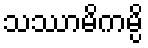
သဿာမိကမ္ပိ